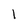
Character: 1